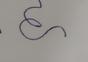
Signature authenticity: forged